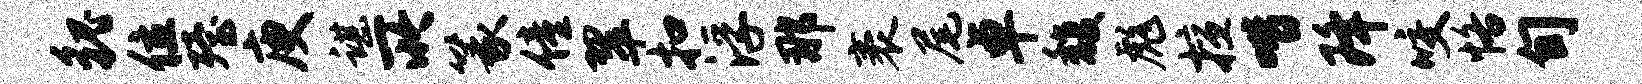
貌位殪庾谌所篆僮翠扣浮那袤尾卓馥彪擅喈降咬恪旬